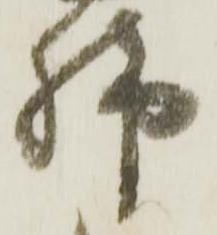
脚